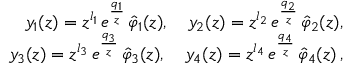
\begin{array} { r l r } & { } & { y _ { 1 } ( z ) = z ^ { l _ { 1 } } \, e ^ { \frac { q _ { 1 } } { z } } \, \hat { \varphi } _ { 1 } ( z ) , \quad y _ { 2 } ( z ) = z ^ { l _ { 2 } } \, e ^ { \frac { q _ { 2 } } { z } } \, \hat { \varphi } _ { 2 } ( z ) , } \\ & { } & { y _ { 3 } ( z ) = z ^ { l _ { 3 } } \, e ^ { \frac { q _ { 3 } } { z } } \, \hat { \varphi } _ { 3 } ( z ) , \quad y _ { 4 } ( z ) = z ^ { l _ { 4 } } \, e ^ { \frac { q _ { 4 } } { z } } \, \hat { \varphi } _ { 4 } ( z ) \, , } \end{array}